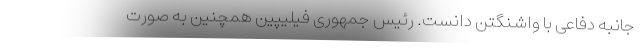
جانبه دفاعی با واشنگتن دانست. رئیس جمهوری فیلیپین همچنین به صورت